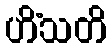
ဟိံသတိ